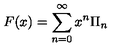
F ( x ) = \sum _ { n = 0 } ^ { \infty } x ^ { n } \Pi _ { n }